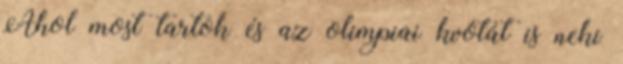
Ahol most tartok és az olimpiai kvótát is neki